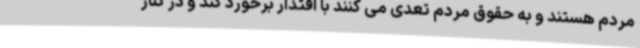
مردم هستند و به حقوق مردم تعدی می کنند با اقتدار برخورد کند و در کنار